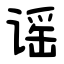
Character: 谣